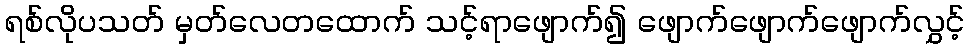
ရစ်လိုပသတ် မှတ်လေတထောက် သင့်ရာဖျောက်၍ ဖျောက်ဖျောက်ဖျောက်လွှင့်